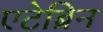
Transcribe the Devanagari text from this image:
एटेब्रिन